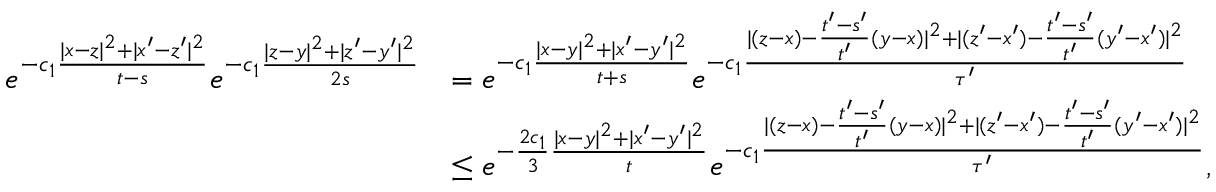
\begin{array} { r l } { e ^ { - c _ { 1 } \frac { | x - z | ^ { 2 } + | x ^ { \prime } - z ^ { \prime } | ^ { 2 } } { t - s } } e ^ { - c _ { 1 } \frac { | z - y | ^ { 2 } + | z ^ { \prime } - y ^ { \prime } | ^ { 2 } } { 2 s } } } & { = e ^ { - c _ { 1 } \frac { | x - y | ^ { 2 } + | x ^ { \prime } - y ^ { \prime } | ^ { 2 } } { t + s } } e ^ { - c _ { 1 } \frac { | ( z - x ) - \frac { t ^ { \prime } - s ^ { \prime } } { t ^ { \prime } } ( y - x ) | ^ { 2 } + | ( z ^ { \prime } - x ^ { \prime } ) - \frac { t ^ { \prime } - s ^ { \prime } } { t ^ { \prime } } ( y ^ { \prime } - x ^ { \prime } ) | ^ { 2 } } { \tau ^ { \prime } } } } \\ & { \le e ^ { - \frac { 2 c _ { 1 } } { 3 } \frac { | x - y | ^ { 2 } + | x ^ { \prime } - y ^ { \prime } | ^ { 2 } } { t } } e ^ { - c _ { 1 } \frac { | ( z - x ) - \frac { t ^ { \prime } - s ^ { \prime } } { t ^ { \prime } } ( y - x ) | ^ { 2 } + | ( z ^ { \prime } - x ^ { \prime } ) - \frac { t ^ { \prime } - s ^ { \prime } } { t ^ { \prime } } ( y ^ { \prime } - x ^ { \prime } ) | ^ { 2 } } { \tau ^ { \prime } } } , } \end{array}